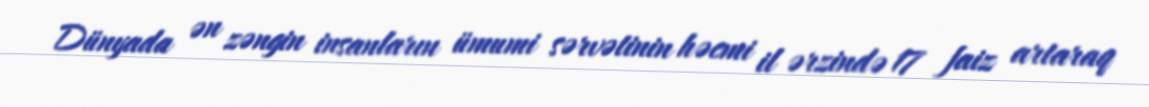
Dünyada ən zəngin insanların ümumi sərvətinin həcmi il ərzində 17 faiz artaraq